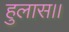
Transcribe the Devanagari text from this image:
हुलास।।